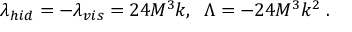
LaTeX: \lambda _ { h i d } = - \lambda _ { v i s } = 2 4 M ^ { 3 } k , \; \; \Lambda = - 2 4 M ^ { 3 } k ^ { 2 } \; .